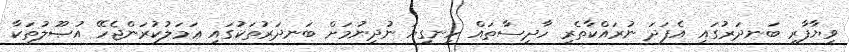
ވިޔާފާރި ބަނދަރުގައި އެފަދަ ނުރައްކާތެރި ހާދިސާތައް ހިނގިޔަ ނުދިނުމަށް ބަނދަރުތަކުގައި ޢަމަލުކުރަންޖެހޭ އުޞޫލުތަކާ